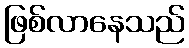
ဖြစ်လာနေသည်